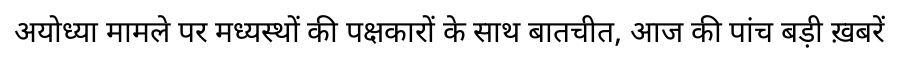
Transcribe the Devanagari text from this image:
अयोध्या मामले पर मध्यस्थों की पक्षकारों के साथ बातचीत, आज की पांच बड़ी ख़बरें